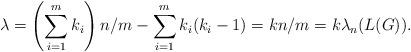
LaTeX: \begin{align*}\lambda=\left(\sum_{i=1}^m k_i\right) n/m-\sum_{i=1}^m k_i(k_i-1)= kn/m= k \lambda_n(L(G)).\end{align*}